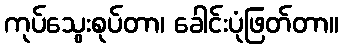
ကုပ်သွေးစုပ်တာ၊ ခေါင်းပုံဖြတ်တာ။